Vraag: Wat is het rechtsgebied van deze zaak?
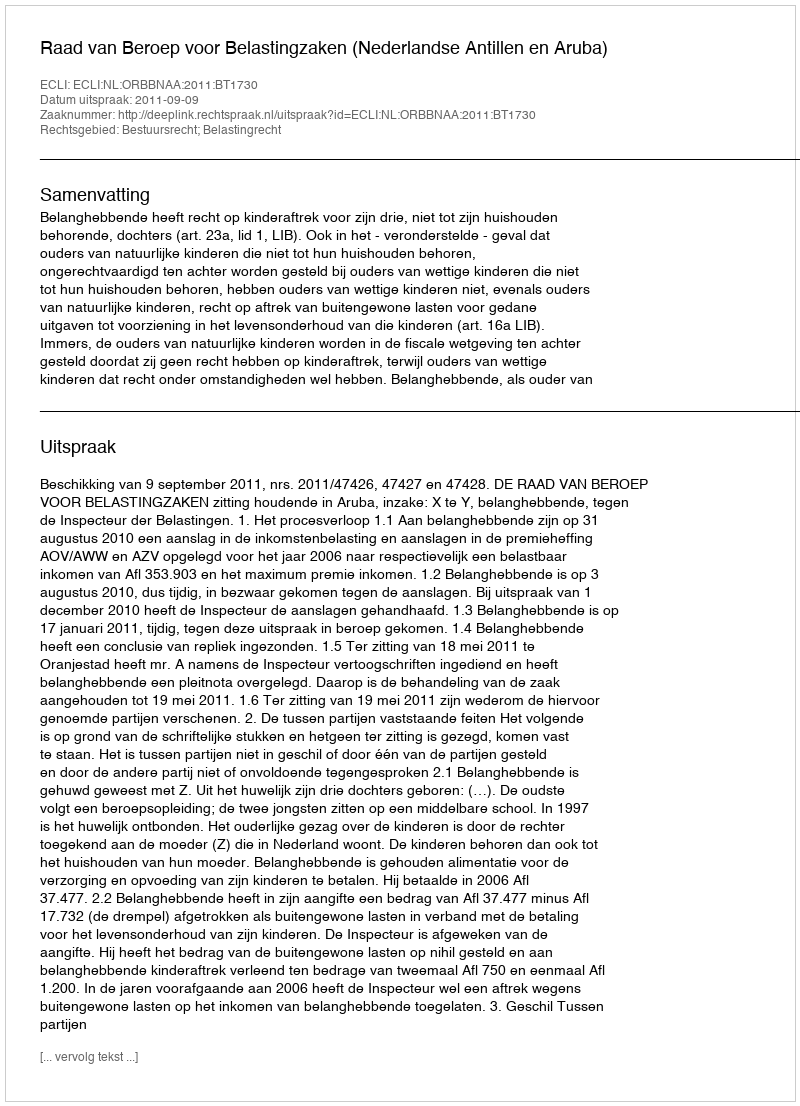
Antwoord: Bestuursrecht; Belastingrecht